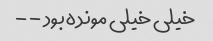
خیلی خیلی مونده بود - -